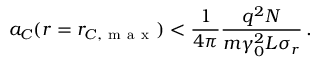
a _ { C } ( r = r _ { C , \mathrm { ~ m ~ a ~ x ~ } } ) < \frac { 1 } { 4 \pi } \frac { q ^ { 2 } N } { m \gamma _ { 0 } ^ { 2 } L \sigma _ { r } } \, .